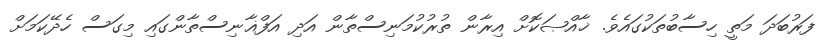
ފަރުބަދަ މަތީ ހިސާބުތަކުގައެވެ. ޚާއްޞަކޮށް އިރާން ތުރުކުމަނިސްތާން އަދި އަފްޣާނިސްތާންގައި މިގަސް ހެދޭކަަމަށް